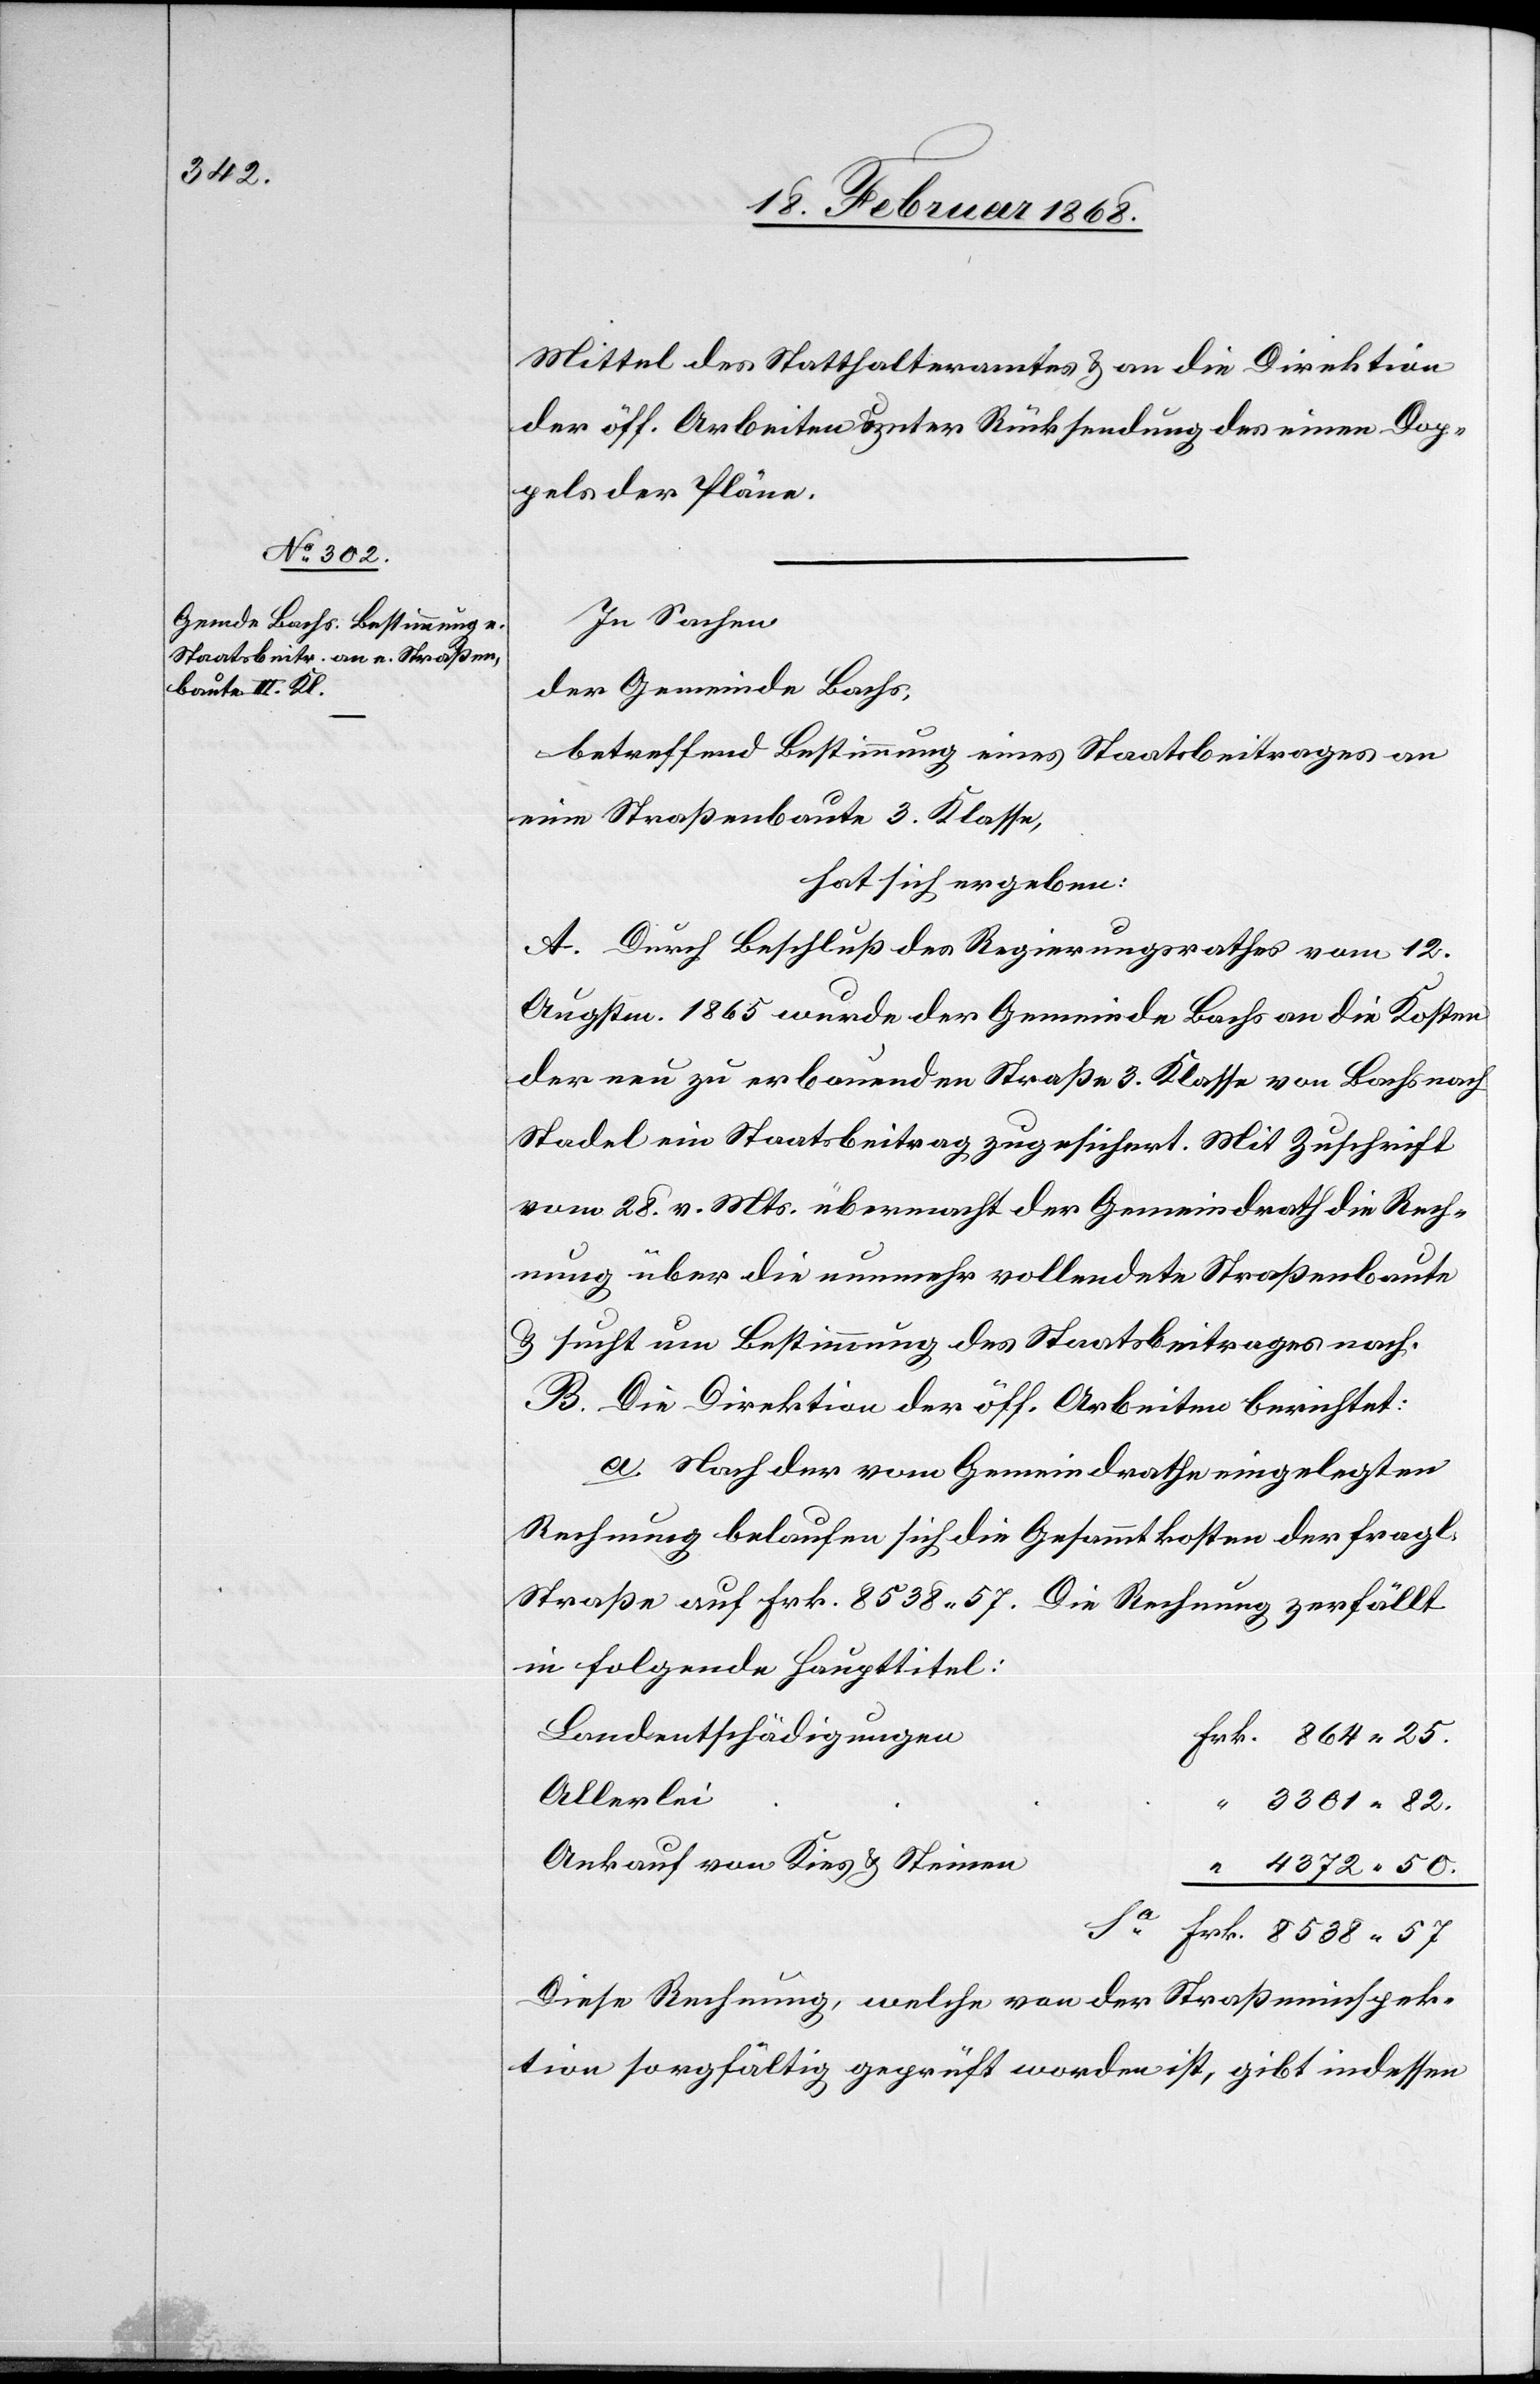
Mittel des Statthalteramtes & an die Direktion
der öff. Arbeiten & unter Rücksendung des einen Dop¬
pels der Pläne.
In Sachen
der Gemeinde Bachs,
betreffend Bestimmung eines Staatsbeitrages an
eine Straßenbaute 3. Klasse,
hat sich ergeben:
A. Durch Beschluß des Regierungsrathes vom 12.
Augstm. 1865 wurde der Gemeinde Bachs an die Kosten
der neu zu erbauenden Straße 3. Klasse von Bachs nach
Stadel ein Staatsbeitrag zugesichert. Mit Zuschrift
vom 28. v. Mts. übermacht der Gemeindrath die Rech¬
nung über die nunmehr vollendete Straßenbaute
& sucht um Bestimmung des Staatsbeitrages nach.
B. Die Direktion der öff. Arbeiten berichtet:
a. Nach der vom Gemeindrathe eingelegten
Rechnung belaufen sich die Gesammtkosten der fragl.
Straße auf Frk. 8538. 57.
Die Rechnung zerfällt
in folgende Haupttitel:
Landentschädigungen
Frk. 864. 25.
Allerlei
“ 3301. 82.
Ankauf von Kies & Steinen
“ 4372. 50.
Frk. 8538. 57
Diese Rechnung, welche von der Straßeninspek¬
tion sorgfältig geprüft worden ist, gibt indessen